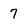
Character: 7